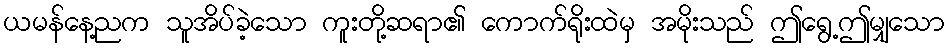
ယမန်နေ့ညက သူအိပ်ခဲ့သော ကူးတို့ဆရာ၏ ကောက်ရိုးထဲမှ အမိုးသည် ဤရွေ့ဤမျှသော